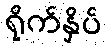
ရိုက်နှိပ်